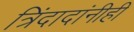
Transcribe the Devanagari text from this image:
त्रिंदादांनीही